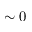
\sim 0